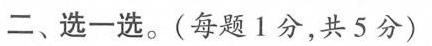
二、选一选。(每题1分，共5分)